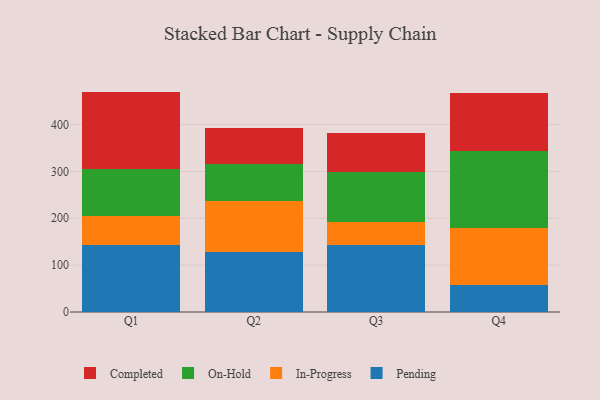
{"axis": {"x": "Quarter", "y": "Customer Acquisition Cost (USD)"}, "legend": ["Completed", "In-Progress", "On-Hold", "Pending"], "data": [{"x": "Q1", "y": 143.3, "type": "Pending"}, {"x": "Q1", "y": 62.2, "type": "In-Progress"}, {"x": "Q1", "y": 99.1, "type": "On-Hold"}, {"x": "Q1", "y": 165.7, "type": "Completed"}, {"x": "Q2", "y": 128.3, "type": "Pending"}, {"x": "Q2", "y": 108.4, "type": "In-Progress"}, {"x": "Q2", "y": 78.4, "type": "On-Hold"}, {"x": "Q2", "y": 76.9, "type": "Completed"}, {"x": "Q3", "y": 143.7, "type": "Pending"}, {"x": "Q3", "y": 49.1, "type": "In-Progress"}, {"x": "Q3", "y": 105.2, "type": "On-Hold"}, {"x": "Q3", "y": 84.6, "type": "Completed"}, {"x": "Q4", "y": 58.6, "type": "Pending"}, {"x": "Q4", "y": 120.0, "type": "In-Progress"}, {"x": "Q4", "y": 166.0, "type": "On-Hold"}, {"x": "Q4", "y": 121.8, "type": "Completed"}]}